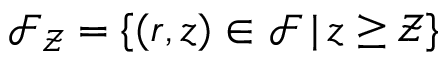
\mathcal { F } _ { \mathcal { Z } } = \{ ( r , z ) \in \mathcal { F } \, | \, z \geq \mathcal { Z } \}